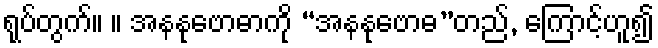
ရုပ်တွက်။ ။ အနနုဗောဓာကို “အနနုဗောဓ”တည်, ကြောင့်ဟူ၍